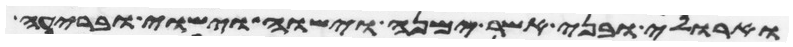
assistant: וארולי ובני אשר ימנה וישוה וישוי ובריעה